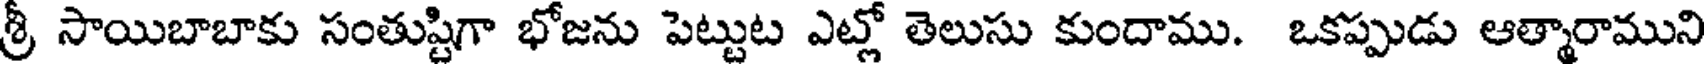
శ్రీ సాయిబాబాకు సంతుష్టిగా భోజను పెట్టుట ఎట్లో తెలుసు కుందాము. ఒకప్పుడు ఆత్మారాముని